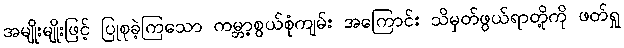
အမျိုးမျိုးဖြင့် ပြုစုခဲ့ကြသော ကမ္ဘာ့စွယ်စုံကျမ်း အကြောင်း သိမှတ်ဖွယ်ရာတို့ကို ဖတ်ရှု